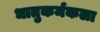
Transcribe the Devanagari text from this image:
धातुकर्मकला